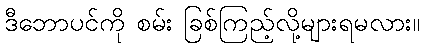
ဒီဘောပင်ကို စမ်း ခြစ်ကြည့်လို့များရမလား။